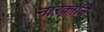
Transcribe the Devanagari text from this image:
नारकालि